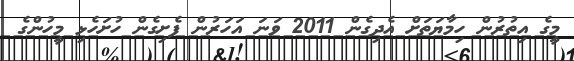
މީގެ އިތުރުން ހިމާޔަތަށް އެދިގެން 2011 ވަނަ އަހަރުން ފެށިގެން ހުށަހެޅި މީހުންގެ